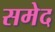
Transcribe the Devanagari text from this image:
समेद